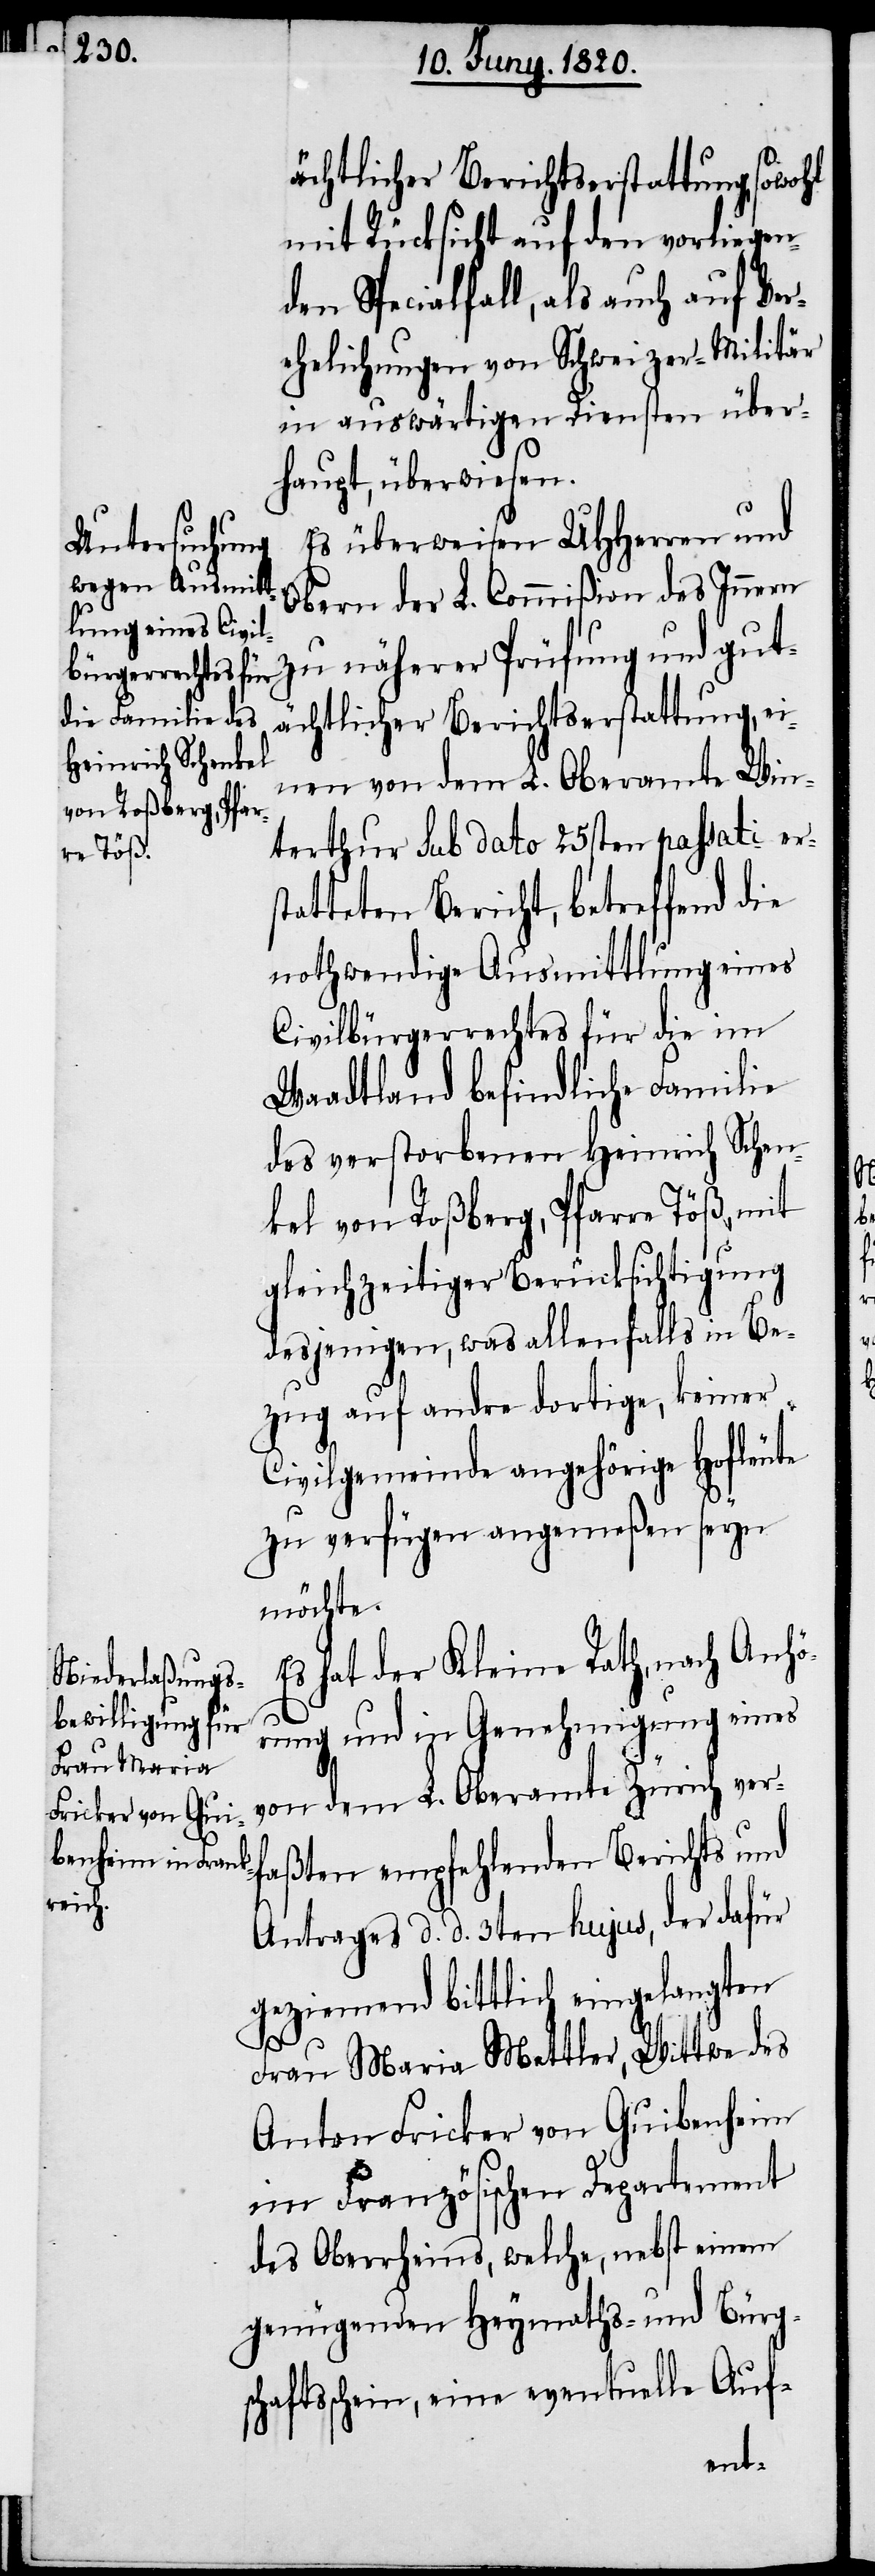
ächtlicher Berichtserstattung, sowohl
mit Rücksicht auf den vorliegen¬
den Specialfall, als auch auf Ver¬
ehelichungen von Schweizer-Militär
in auswärtigen Diensten über¬
haupt, überwiesen.
Es überweisen UHherren und
Obern der L. Commißion des Innern
zu näherer Prüfung und gut¬
ächtlicher Berichtserstattung, ei¬
nen von dem L. Oberamte Win¬
terthur sub dato 25sten passati er¬
statteten Bericht, betreffend die
nothwendige Ausmittlung eines
Civilbürgerrechtes für die im
Waadtland befindliche Familie
des verstorbenen Heinrich Schen¬
kel von Roßberg, Pfarre Töß, mit
gleichzeitiger Berücksichtigung
desjenigen, was allenfalls in Be¬
zug auf andre dortige, keiner
Civilgemeinde angehörige Hofleute
zu verfügen angemeßen seyn
möchte.
Es hat der Kleine Rath, nach Anhö¬
rung und in Genehmigung eines
von dem L. Oberamte Zürich v¬
erfaßten empfehlenden Berichts und
Antrages d. d. 3ten hujus, der dafür
geziemend bittlich eingelangten
Frau Maria Mettler, Wittwe des
Anton Fricker von Guibenheim
im Französischen Departement
des Oberrheins, welche, nebst einem
genügenden Heymaths- und Bürg¬
schaftsschein, eine eventuelle Auf-